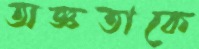
অজ্ঞতাকে